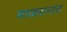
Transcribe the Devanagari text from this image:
माळरानांत